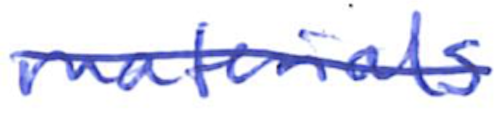
Text: materials
Cross-out: diagonal
Writing tool: ballpoint